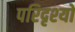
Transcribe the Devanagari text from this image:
परिदृश्‍यो